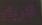
قاربك